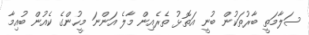
ސަލާމަތީ ބާރުތަކުން ބުނީ އަތޮޅު ތެރެއިން މާލެ އަންނަ މީހުންގެ ކެއުން ބުއިމާ